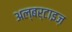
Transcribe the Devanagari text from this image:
अल्बर्टाइज़